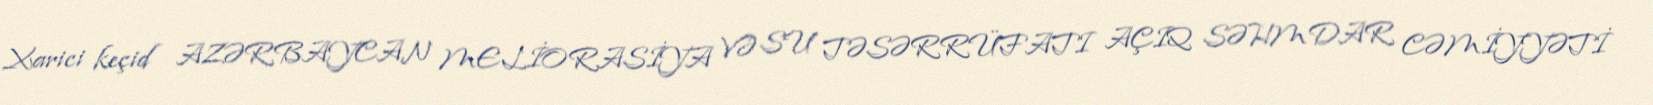
Xarici keçid AZƏRBAYCAN MELİORASİYA VƏ SU TƏSƏRRÜFATI AÇIQ SƏHMDAR CƏMİYYƏTİ